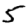
Digit: 5